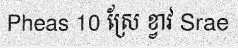
Pheas 10 ស្រែ ខ្វាវ Srae